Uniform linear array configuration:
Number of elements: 4
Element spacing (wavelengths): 0.75
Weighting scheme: uniform
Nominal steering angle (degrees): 0
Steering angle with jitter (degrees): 0.7402
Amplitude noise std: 0.05
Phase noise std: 0.05

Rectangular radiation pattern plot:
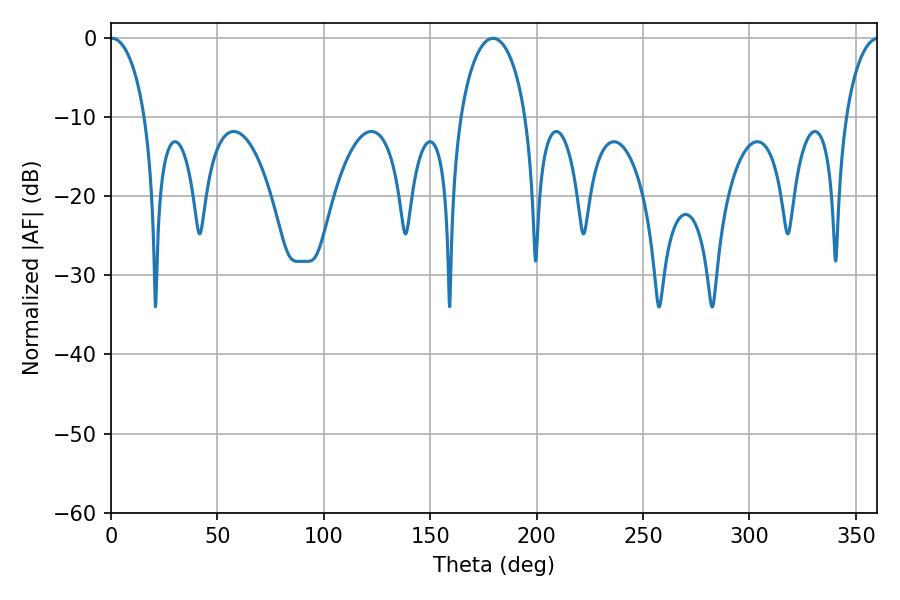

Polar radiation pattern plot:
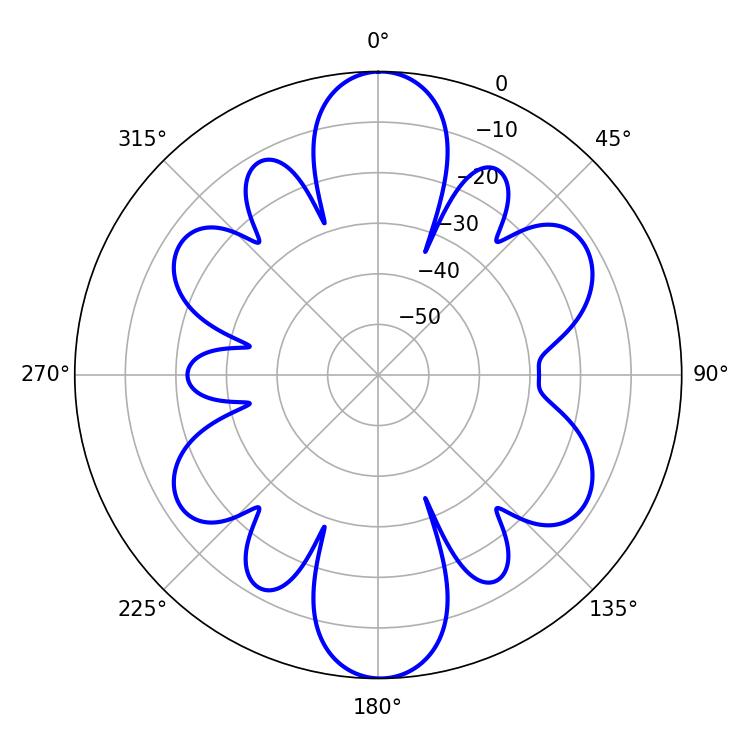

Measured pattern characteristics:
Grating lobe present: TRUE
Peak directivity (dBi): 21.142
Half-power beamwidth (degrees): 9.36
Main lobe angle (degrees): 0.54